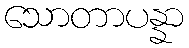
သောတာပန္နာ